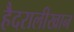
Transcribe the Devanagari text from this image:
हैदरालीखान